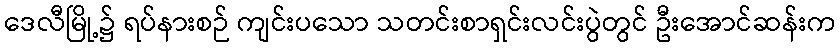
ဒေလီမြို့၌ ရပ်နားစဉ် ကျင်းပသော သတင်းစာရှင်းလင်းပွဲတွင် ဦးအောင်ဆန်းက